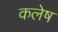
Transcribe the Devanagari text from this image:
कलेष